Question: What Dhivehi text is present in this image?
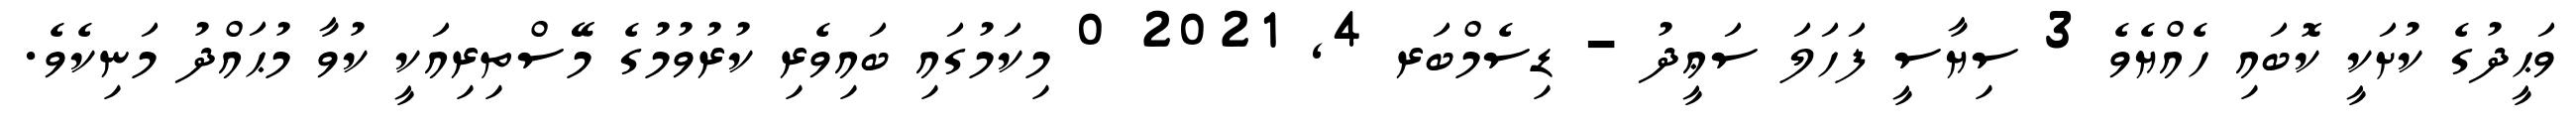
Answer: ވަޙީދުގެ ކުށަކީ ކޮބައި ހެއްޔެވެ 3 ސިޔާސީ ފަހަލަ ސަޢީދު - ޑިސެމްބަރ 4, 2021 0 މިކަމުގައި ބައިވެރި ކުރުވުމުގެ މޭސްތިރިއަކީ ކުވާ މުޙައްދު މަނިކެވެ.